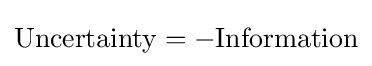
{\text{Uncertainty}}=-{\text{Information}}